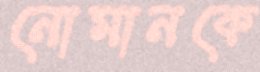
নোমানকে